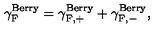
{ \gamma } _ { \mathrm { F } } ^ { \mathrm { B e r r y } } = { \gamma } _ { \mathrm { F , + } } ^ { \mathrm { B e r r y } } + { \gamma } _ { \mathrm { F , - } } ^ { \mathrm { B e r r y } } ,